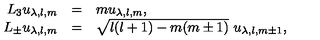
\begin{array} { r c l } { L _ { 3 } u _ { \lambda , l , m } } & { = } & { m u _ { \lambda , l , m } , \nonumber } \\ { L _ { \pm } u _ { \lambda , l , m } } & { = } & { \sqrt { l ( l + 1 ) - m ( m \pm 1 ) } \ u _ { \lambda , l , m \pm 1 } , } \\ \end{array}